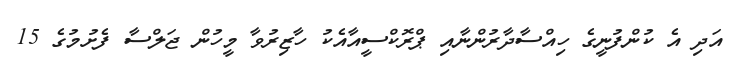
އަދި އެ ކުންފުނީގެ ހިއްސާދާރުންނާއި ޕްރޮކްސީއާއެކު ހާޒިރުވާ މީހުން ޖަލްސާ ފެށުމުގެ 15